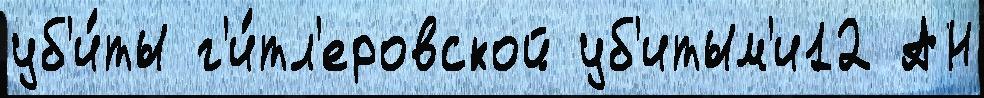
уб'и́ты г'и́тл'еровской уб'итым'и12 АН